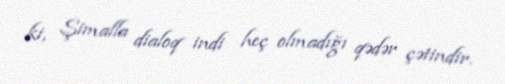
ki, Şimalla dialoq indi heç olmadığı qədər çətindir.